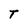
Character: T